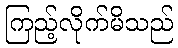
ကြည့်လိုက်မိသည်